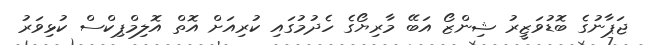
ޖަޕާނުގެ ބޮޑުވަޒީރު ޝިންޒޯ އަބޭ މާރިޔޯގެ ހެދުމުގައި ކުރިއަށް އޮތް އޮލިމްޕިކްސް ކުޅިވަރު